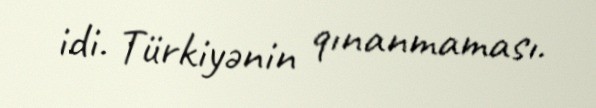
idi. Türkiyənin qınanmaması.